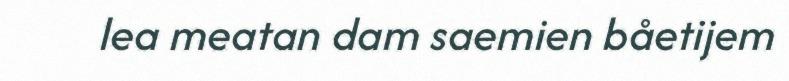
lea meatan dam saemien båetijem